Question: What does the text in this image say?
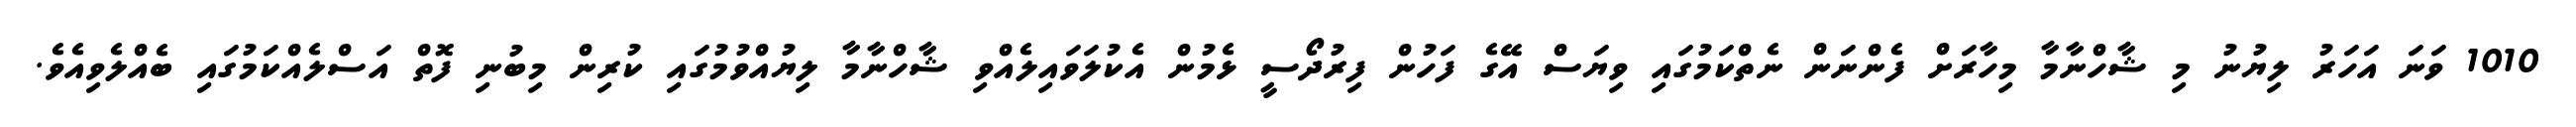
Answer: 1010 ވަނަ އަހަރު ލިޔުނު މި ޝާހްނާމާ މިހާރަށް ފެންނަން ނެތްކަމުގައި ވިޔަސް އޭގެ ފަހުން ފިރުދޯސީ ޅެމުން އެކުލަވައިލެއްވި ޝާހްނާމާ ލިޔުއްވުމުގައި ކުރިން މިބުނި ފޮތް އަސްލެއްކަމުގައި ބެއްލެވިއެވެ.